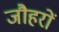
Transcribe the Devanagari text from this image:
जौहरों